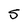
Character: S